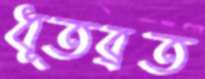
ধূতব্রত